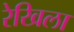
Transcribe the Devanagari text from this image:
रेखिला